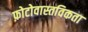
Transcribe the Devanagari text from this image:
फ़ोटोवास्तविकता